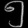
Digit: ၅